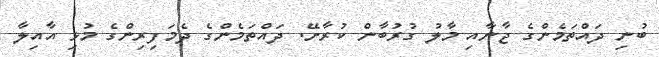
ބުނި ދައްތަމެންގެ ޖާނާއި މާލު ގުރުބާން ކުރާށޭ. ދައްތަމެންގެ ދެމަފިރިންގެ މުޅި އާއިލާ